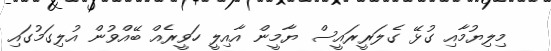
މިލިޔުމާއި ގުޅޭ ގެލަރީރައީސް ޔާމީން އާއިލީ ހަވީރެއް ބޭއްވުން އުލިގަމުގައި